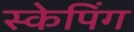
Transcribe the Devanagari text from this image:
स्केपिंग